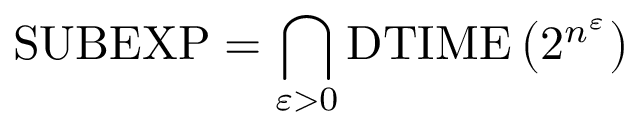
{ \mathrm { S U B E X P } } = \bigcap _ { \varepsilon > 0 } { \mathrm { D T I M E } } \left( 2 ^ { n ^ { \varepsilon } } \right)